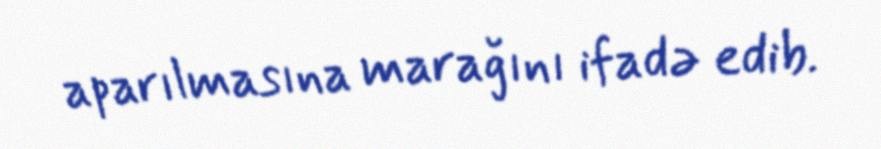
aparılmasına marağını ifadə edib.